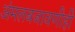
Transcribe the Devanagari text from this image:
अंमलबजावणीही